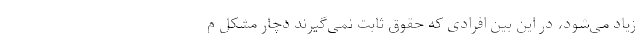
زیاد می‌شود، در این بین افرادی که حقوق ثابت نمی‌گیرند دچار مشکل م